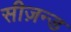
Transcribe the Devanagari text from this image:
सीज़न्ड